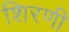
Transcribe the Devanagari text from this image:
शिरणी